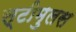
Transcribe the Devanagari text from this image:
स्टीमुलस